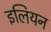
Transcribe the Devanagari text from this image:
इलियन